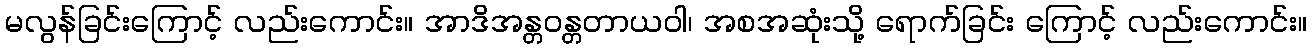
မလွန်ခြင်းကြောင့် လည်းကောင်း။ အာဒိအန္တဝန္တတာယဝါ၊ အစအဆုံးသို့ ရောက်ခြင်း ကြောင့် လည်းကောင်း။